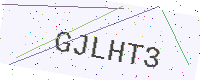
Text: GJLHT3